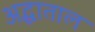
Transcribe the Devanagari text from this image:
अद्धाताल